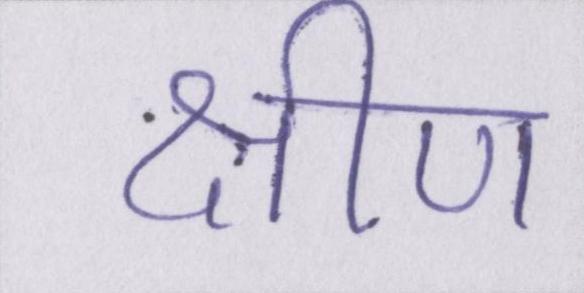
क्षीण